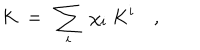
K \ = \ \sum _ { i } \ \chi _ { i } \ K ^ { i } \quad ,